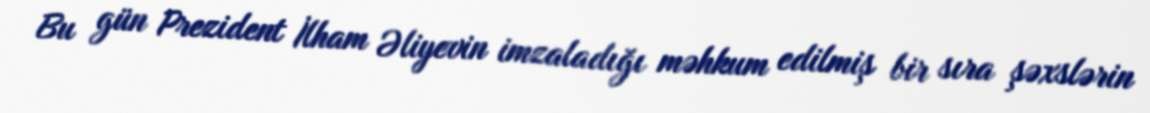
Bu gün Prezident İlham Əliyevin imzaladığı məhkum edilmiş bir sıra şəxslərin